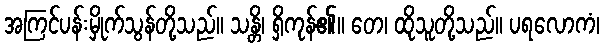
အကြင်ပန်းမှိုက်သွန်တို့သည်။ သန္တိ၊ ရှိကုန်၏။ တေ၊ ထိုသူတို့သည်။ ပရလောကံ၊